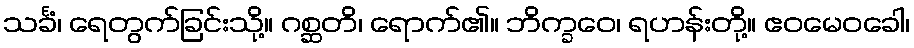
သင်္ခံ၊ ရေတွက်ခြင်းသို့။ ဂစ္ဆတိ၊ ရောက်၏။ ဘိက္ခဝေ၊ ရဟန်းတို့။ ဧဝမေဝခေါ၊